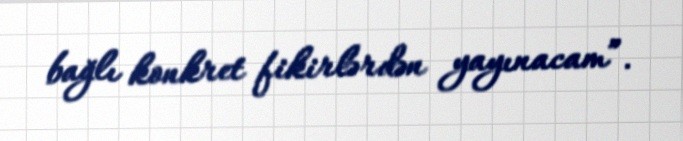
bağlı konkret fikirlərdən yayınacam”.